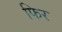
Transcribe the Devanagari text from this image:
फिर